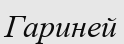
Гариней